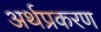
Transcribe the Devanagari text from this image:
अर्थप्रकरण